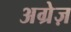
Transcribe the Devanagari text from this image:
अग्रेज़